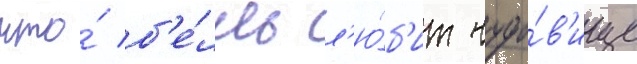
что́ б'е́лль л'ю́б'ит чудо́в'ище